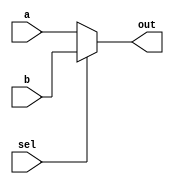
module mxu2(
	a,
	b,
	sel,
	out
);

	input a,b,sel;
	output out;
	
	assign out=sel?b:a;
	
	
	


endmodule